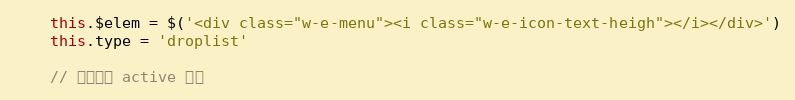
Language: JavaScript
    this.$elem = $('<div class="w-e-menu"><i class="w-e-icon-text-heigh"></i></div>')
    this.type = 'droplist'

    // 当前是否 active 状态